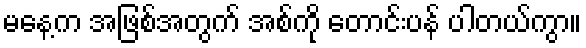
မနေ့က အဖြစ်အတွက် အစ်ကို တောင်းပန် ပါတယ်ကွာ။